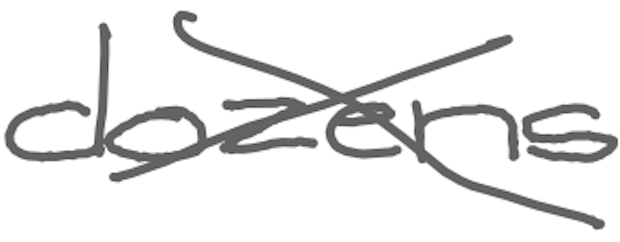
Text: dozens
Cross-out: cross
Writing tool: digital_gray